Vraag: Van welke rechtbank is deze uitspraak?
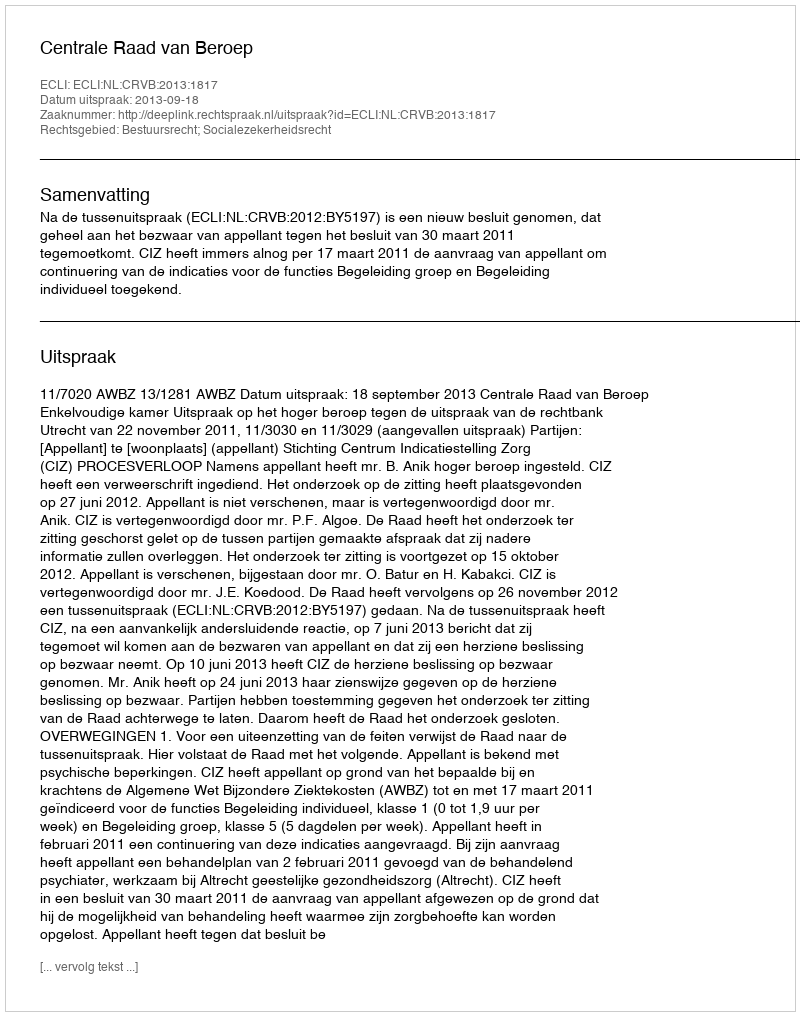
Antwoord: Centrale Raad van Beroep